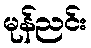
မုန်ညင်း